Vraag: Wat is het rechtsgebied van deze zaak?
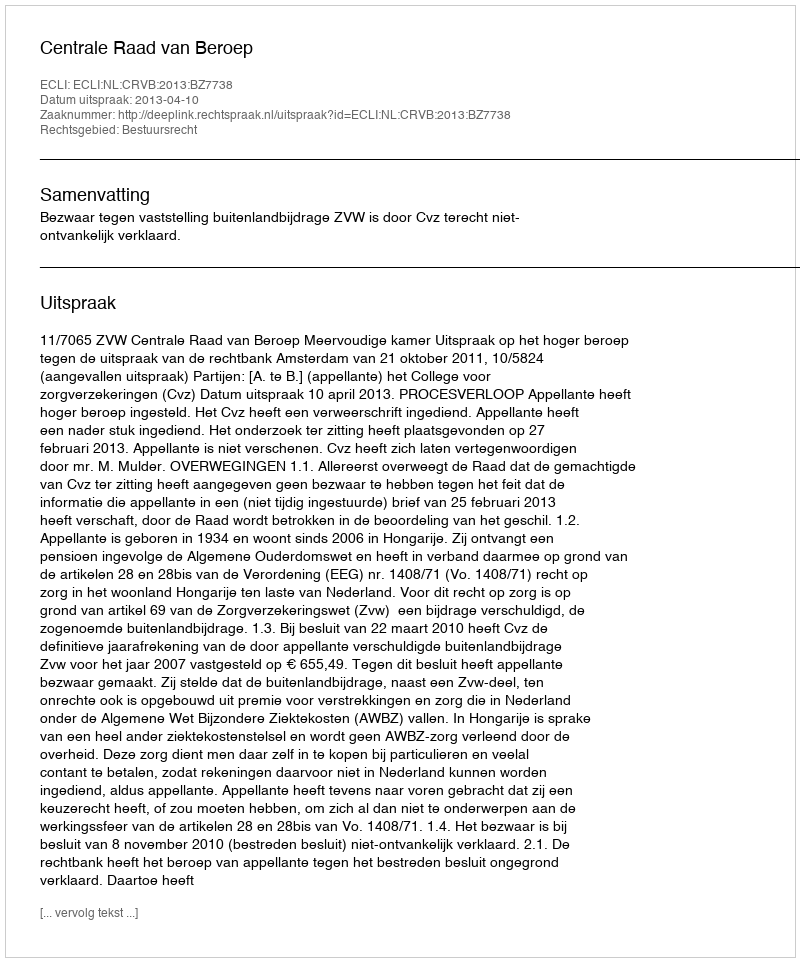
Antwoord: Bestuursrecht